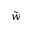
\tilde { w }